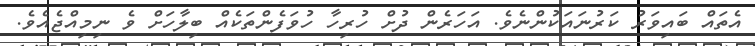
އެތައް ބައިވަރު ކަރުނައަކުންނެވެ. އަހަރެން ދުށް ހުރިހާ ހުވަފެންތަކެއް ބިލާހަށް ވެ ނިމިއްޖެއެވެ.